画像に写った文字を読んでください
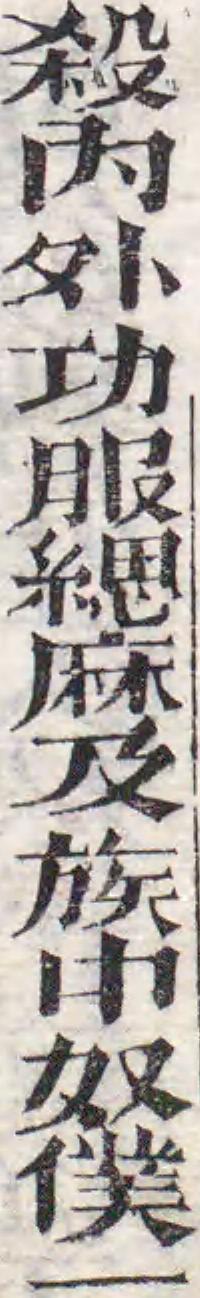
「殺内外功服緦麻及族中奴僕一」と書いてあります